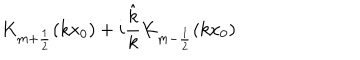
K _ { m + \frac 1 2 } ( k x _ { 0 } ) + i \frac { \hat { k } } { k } K _ { m - \frac 1 2 } ( k x _ { 0 } )